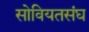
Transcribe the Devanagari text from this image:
सोवियतसंघ